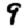
Digit: 9